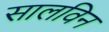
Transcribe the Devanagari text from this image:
सालविन